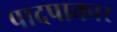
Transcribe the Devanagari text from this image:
पादपाकार